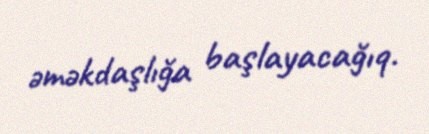
əməkdaşlığa başlayacağıq.